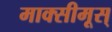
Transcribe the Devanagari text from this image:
माक्सीमूस्